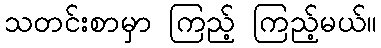
သတင်းစာမှာ ကြည့် ကြည့်မယ်။